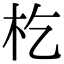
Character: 杚